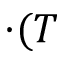
\cdot ( T